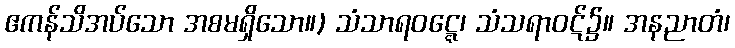
ဧကန်သိအပ်သော အစမရှိသော။) သံသာရဝဋ္ဋေ၊ သံသရာဝဋ်၌။ အနညာတံ၊